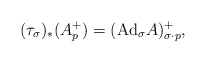
\begin{align*}(\tau_{\sigma})_{*}(A^{+}_p)=(\mathrm{Ad}_{\sigma}A)^{+}_{\sigma\cdot p},\end{align*}